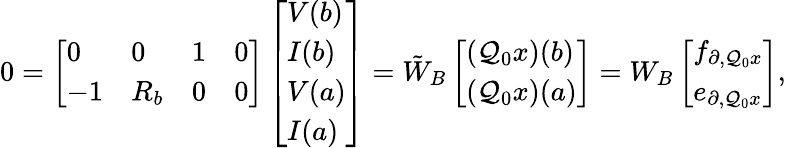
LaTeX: \begin{array}{r}{0=\left[\begin{array}{llll}{0}&{0}&{1}&{0}\\ {-1}&{R_{b}}&{0}&{0}\end{array}\right]\left[\begin{array}{l}{V(b)}\\ {I(b)}\\ {V(a)}\\ {I(a)}\end{array}\right]=\tilde{W}_{B}\left[\begin{array}{l}{(\mathcal{Q}_{0}x)(b)}\\ {(\mathcal{Q}_{0}x)(a)}\end{array}\right]=W_{B}\left[\begin{array}{l}{f_{\partial,\mathcal{Q}_{0}x}}\\ {e_{\partial,\mathcal{Q}_{0}x}}\end{array}\right],}\end{array}